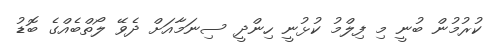
ކުރުމުން ބުނީ މި ފިލްމު ކުޅުނީ ހިންދީ ސިނަމާއަށް ދެވޭ ލޯތްބެއްގެ ބޮޑު